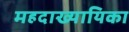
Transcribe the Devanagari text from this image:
महदाख्यायिका